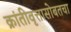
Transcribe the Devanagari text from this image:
क्रांतीवृत्तासोबतचा